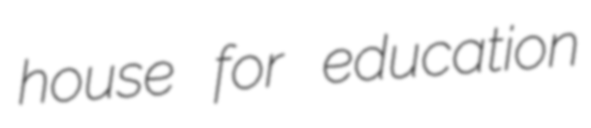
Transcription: house for education